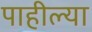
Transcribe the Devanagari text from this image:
पाहील्या